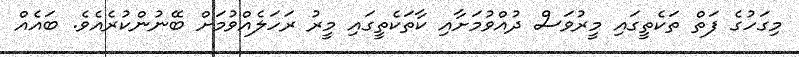
މިގަހުގެ ފަތް ތަކެތީގައި މީރުވަސް ދުއްވުމަށާއި ކާތަކެތީގައި މީރު ރަހަލެއްވުމަށް ބޭނުންކުރެއެވެ. ބައެއް